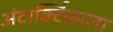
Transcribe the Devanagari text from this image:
अंटार्क्टिकाला